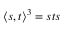
\langle s , t \rangle ^ { 3 } = s t s